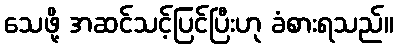
သေဖို့ အဆင်သင့်ပြင်ပြီးဟု ခံစားရသည်။